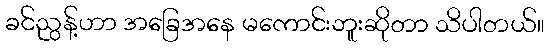
ခင်ညွန့်ဟာ အခြေအနေ မကောင်းဘူးဆိုတာ သိပါတယ်။